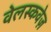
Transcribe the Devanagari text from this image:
वेलस्कवेज़